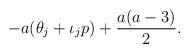
LaTeX: \begin{align*}-a(\theta_j+\iota_jp)+\frac{a(a-3)}{2}. \end{align*}